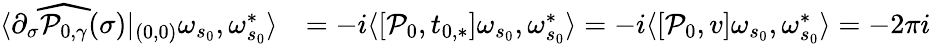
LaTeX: \begin{array}{rl}{\langle\partial_{\sigma}\widehat{\mathcal{P}_{0,\gamma}}(\sigma)|_{(0,0)}\omega_{s_{0}},\omega_{s_{0}}^{*}\rangle}&{=-i\langle[\mathcal{P}_{0},t_{0,*}]\omega_{s_{0}},\omega_{s_{0}}^{*}\rangle=-i\langle[\mathcal{P}_{0},v]\omega_{s_{0}},\omega_{s_{0}}^{*}\rangle=-2\pi i}\end{array}